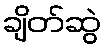
ချိတ်ဆွဲ